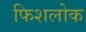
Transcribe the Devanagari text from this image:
फिशलोक